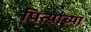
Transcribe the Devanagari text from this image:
पित्यांच्या